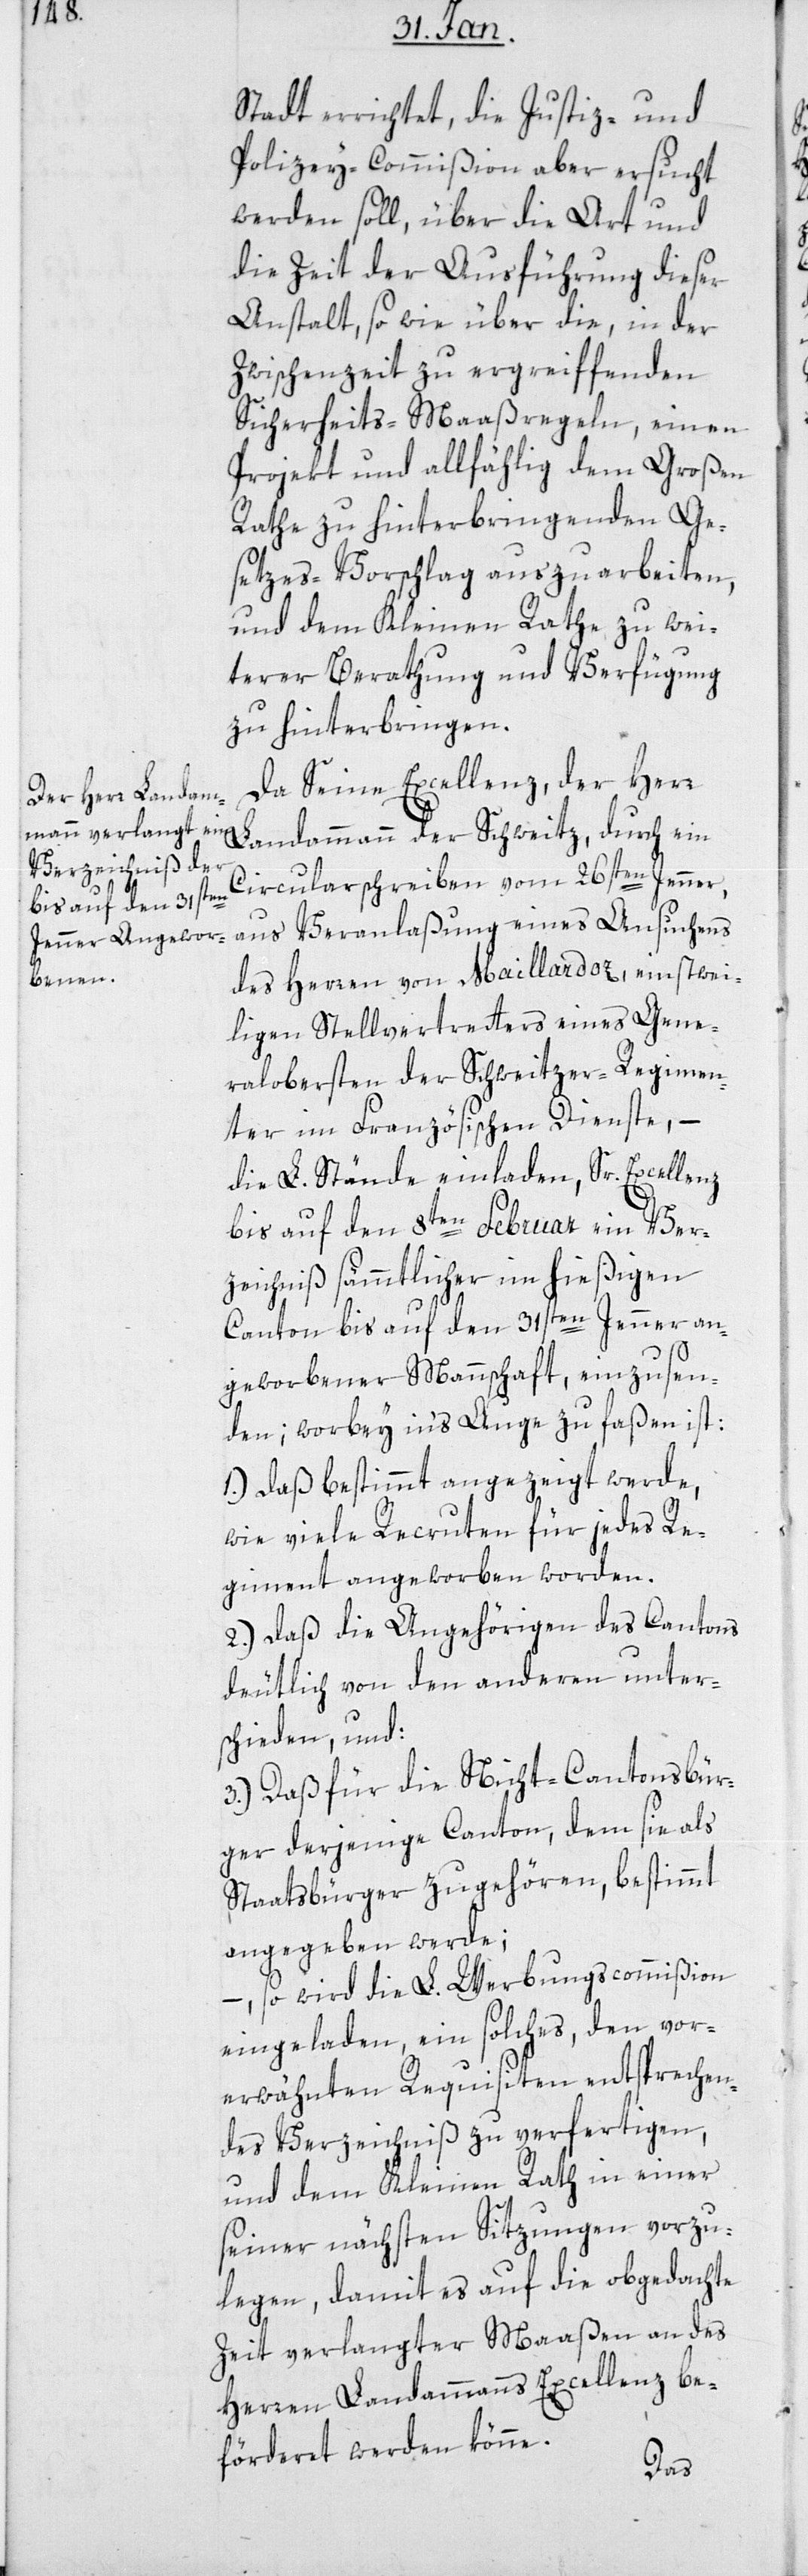
Stadt errichtet, die Justiz- und
Polizeycommißion aber ersucht
werden soll, über die Art und
die Zeit der Ausführung dieser
Anstalt, so wie über die, in der
Zwischenzeit zu ergreiffenden
ein
Sicherheits-Maaßregeln, einen
Projekt und allfällig dem Großen
Rathe zu hinterbringenden Ge¬
setzes-Vorschlag auszuarbeiten,
und dem Kleinen Rathe zu wei¬
terer Berathung und Verfügung
zu hinterbringen.
Da Seine Excellenz der Herr
Circularschreiben vom 26sten Jenner,
aus Veranlaßung eines Ansuchens
des Herren von Maillardoz, einstwei¬
ligen Stellvertreters eines Gene¬
ralobersten der Schweitzer-Regimen¬
ter im französischen Dienste, –
die L. Stände einladen, Sr Excellenz
bis auf den 8ten Februar ein Ver¬
zeichnis sämmtlicher im hießigen
Canton bis auf den 31sten Jenner an¬
geworbener Mannschaft, einzusen¬
den; wobei ins Auge zu faßen ist:
1.) daß bestimmt angezeigt werde,
wie viele Recruten für jedes Re¬
giment angeworben worden.
2.) daß die Angehörigen des Cantons
deutlich von den anderen unter¬
schieden, und
3.) daß für die Nicht-Cantonsbür¬
ger derjenige Canton, dem sie als
Staatsbürger zugehören, bestimmt
angegeben werde;
–, so wird die L. Werbungscommißion
eingeladen, ein solches, den vor¬
erwähnten Requisiten entsprechen¬
des Verzeichniß zu verfertigen,
und dem Kleinen Rath in einer
seiner nächsten Sitzungen vorzu¬
legen, damit es auf die obgedachte
Zeit verlangter Maaßen an des
Herren Landammanns Excellenz be¬
förderet werden könne.